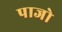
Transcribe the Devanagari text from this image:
पाजो